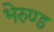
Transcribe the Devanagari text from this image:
भेरुण्ड